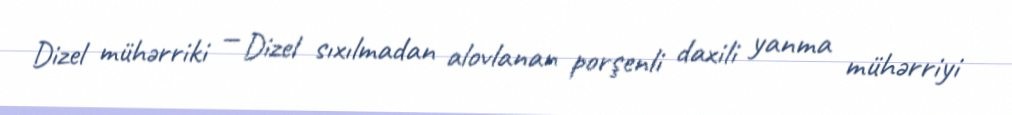
Dizel mühərriki — Dizel sıxılmadan alovlanan porşenli daxili yanma mühərriyi